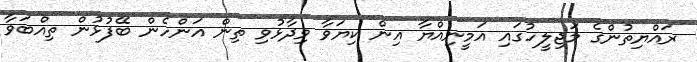
ރައްޔިތުންގެ މަޖިލީހުގައި އަމީނިއްޔާ އިން ކިޔަވާ ވިދާޅުވި ތިން އަންހެން ބޭފުޅުން ތިއްބަވާ